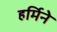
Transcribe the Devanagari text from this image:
हर्मिने